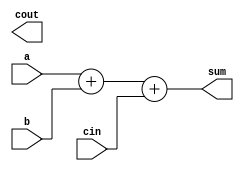
module adder_4bit (
    input [3:0] a,
    input [3:0] b,
    input cin,
    output [3:0] sum,
    output cout
);

reg [3:0] sum;
wire [3:0] temp_sum;

assign temp_sum = a + b + cin;
assign sum = temp_sum;

assign cout = temp_sum[4];

endmodule